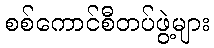
စစ်ကောင်စီတပ်ဖွဲ့များ